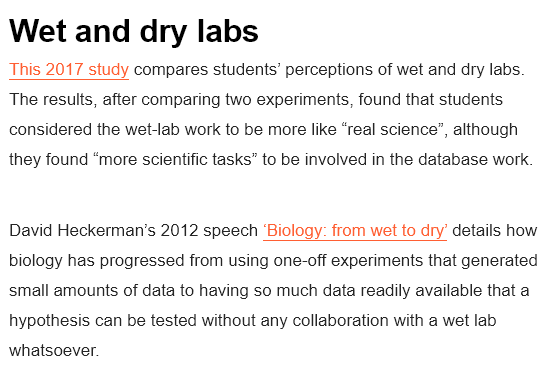
Wet    and    dry   labs
  This 2017 study compares students’ perceptions of wet and dry labs.
  The results, after comparing two experiments, found that students
  considered the wet-lab work to be more like “real science”, although
  they found “more scientific tasks” to be involved in the database work.
  David heckerman'’s 2012 speech biology: irom Wet to cry details how
  biology has progressed from using one-off experiments that generated
  small amounts of data to having so much data readily available that a
  hypothesis can be tested without any collaboration with a wet lab
  whatsoever.